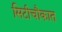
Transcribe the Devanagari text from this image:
सिटीचौकात